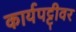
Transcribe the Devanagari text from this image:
कार्यपट्टीवर